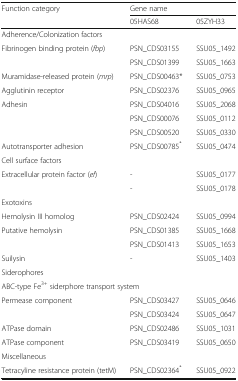
<table><thead><tr><td rowspan="2"><b>Function category</b></td><td colspan="2"><b>Gene name</b></td></tr><tr><td><b>05HAS68</b></td><td><b>05ZYH33</b></td></tr></thead><tbody><tr><td colspan="3">Adherence/Colonization factors</td></tr><tr><td>Fibrinogen binding protein (<i>fbp</i>)</td><td>PSN_CDS03155</td><td>SSU05_1492</td></tr><tr><td></td><td>PSN_CDS01399</td><td>SSU05_1663</td></tr><tr><td>Muramidase-released protein (<i>mrp</i>)</td><td>PSN_CDS00463*</td><td>SSU05_0753</td></tr><tr><td>Agglutinin receptor</td><td>PSN_CDS02376</td><td>SSU05_0965</td></tr><tr><td>Adhesin</td><td>PSN_CDS04016</td><td>SSU05_2068</td></tr><tr><td></td><td>PSN_CDS00076</td><td>SSU05_0112</td></tr><tr><td></td><td>PSN_CDS00520</td><td>SSU05_0330</td></tr><tr><td>Autotransporter adhesion</td><td>PSN_CDS00785<sup>*</sup></td><td>SSU05_0474</td></tr><tr><td colspan="3">Cell surface factors</td></tr><tr><td>Extracellular protein factor (<i>ef</i>)</td><td>-</td><td>SSU05_0177</td></tr><tr><td></td><td>-</td><td>SSU05_0178</td></tr><tr><td>Exotoxins</td><td></td><td></td></tr><tr><td>Hemolysin III homolog</td><td>PSN_CDS02424</td><td>SSU05_0994</td></tr><tr><td>Putative hemolysin</td><td>PSN_CDS01385</td><td>SSU05_1668</td></tr><tr><td></td><td>PSN_CDS01413</td><td>SSU05_1653</td></tr><tr><td>Suilysin</td><td>-</td><td>SSU05_1403</td></tr><tr><td>Siderophores</td><td></td><td></td></tr><tr><td colspan="3">ABC-type Fe<sup>3+</sup> siderphore transport system</td></tr><tr><td>Permease component</td><td>PSN_CDS03427</td><td>SSU05_0646</td></tr><tr><td></td><td>PSN_CDS03424</td><td>SSU05_0647</td></tr><tr><td>ATPase domain</td><td>PSN_CDS02486</td><td>SSU05_1031</td></tr><tr><td>ATPase component</td><td>PSN_CDS03419</td><td>SSU05_0650</td></tr><tr><td colspan="3">Miscellaneous</td></tr><tr><td>Tetracyline resistance protein (tetM)</td><td>PSN_CDS02364<sup>*</sup></td><td>SSU05_0922</td></tr></tbody></table>